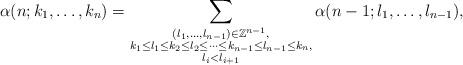
LaTeX: \begin{align*}\alpha(n;k_1,\ldots,k_n)= \sum_{\substack{(l_1,\ldots,l_{n-1})\in\mathbb{Z}^{n-1}, \\k_1 \leq l_1 \leq k_2 \leq l_2 \leq \cdots \leq k_{n-1} \leq l_{n-1} \leq k_n,\\ l_i < l_{i+1}}} \alpha(n-1; l_1,\ldots,l_{n-1}),\end{align*}